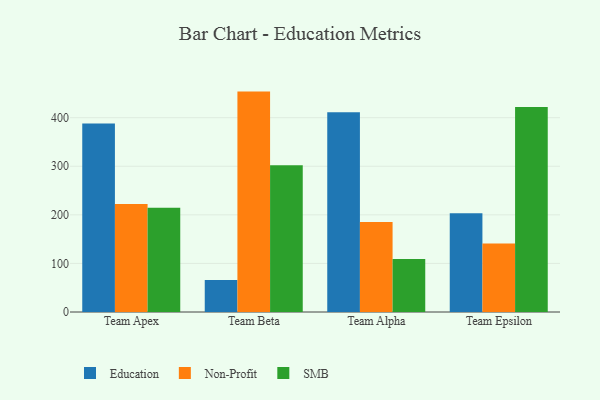
{"axis": {"x": "Team", "y": "Active Users"}, "legend": ["Education", "Non-Profit", "SMB"], "data": [{"x": "Team Apex", "y": 387.8, "type": "Education"}, {"x": "Team Apex", "y": 222.5, "type": "Non-Profit"}, {"x": "Team Apex", "y": 214.4, "type": "SMB"}, {"x": "Team Beta", "y": 65.8, "type": "Education"}, {"x": "Team Beta", "y": 453.7, "type": "Non-Profit"}, {"x": "Team Beta", "y": 302.0, "type": "SMB"}, {"x": "Team Alpha", "y": 411.0, "type": "Education"}, {"x": "Team Alpha", "y": 185.5, "type": "Non-Profit"}, {"x": "Team Alpha", "y": 108.9, "type": "SMB"}, {"x": "Team Epsilon", "y": 203.1, "type": "Education"}, {"x": "Team Epsilon", "y": 141.0, "type": "Non-Profit"}, {"x": "Team Epsilon", "y": 421.9, "type": "SMB"}]}